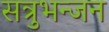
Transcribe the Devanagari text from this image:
सत्रुभन्जन